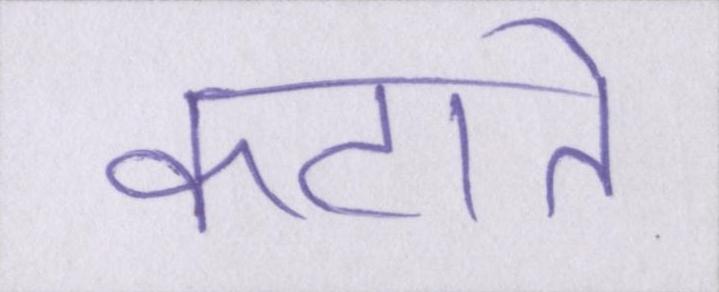
कटाते